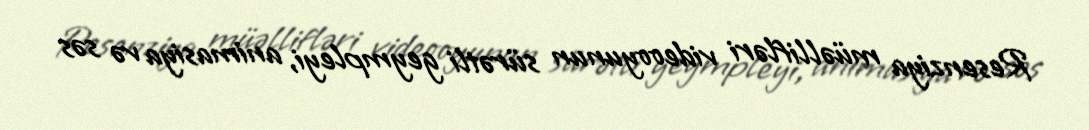
Resenziya müəllifləri videooyunun sürətli geympleyi, animasiya və səs